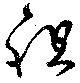
祖